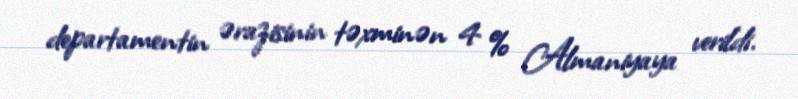
departamentin ərazisinin təxminən 4 % Almaniyaya verildi.